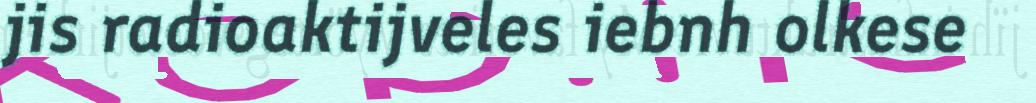
jis radioaktijveles iebnh olkese